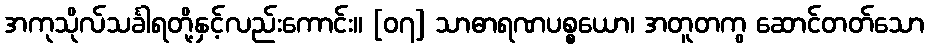
အကုသိုလ်သင်္ခါရတို့နှင့်လည်းကောင်း။ [၀၇] သာဓာရဏပစ္စယော၊ အတူတကွ ဆောင်တတ်သော